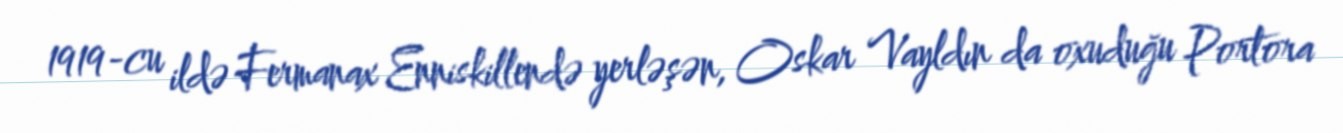
1919-cu ildə Fermanax Enniskillendə yerləşən, Oskar Vayldın da oxuduğu Portora